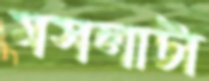
মসলাটা